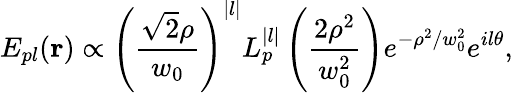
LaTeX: E_{pl}(\mathbf{r})\propto\left(\frac{\sqrt{2}\rho}{w_{0}}\right)^{|l|}L_{p}^{|l|}\left(\frac{2\rho^{2}}{w_{0}^{2}}\right)e^{-\rho^{2}/w_{0}^{2}}e^{il\theta},